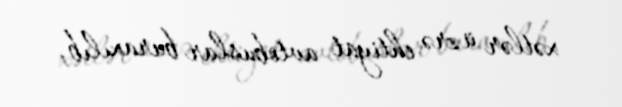
xətlər üzrə ehtiyat avtobuslar buraxılıb.